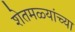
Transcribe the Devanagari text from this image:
शेतमळ्यांच्या